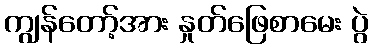
ကျွန်တော့်အား နှုတ်ဖြေစာမေး ပွဲ